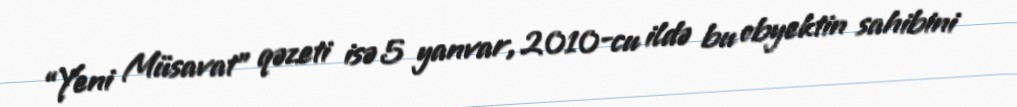
“Yeni Müsavat” qəzeti isə 5 yanvar, 2010-cu ildə bu obyektin sahibini